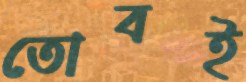
তোবই